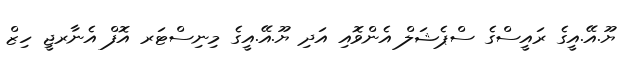
ޔޫ.އޭ.އީގެ ރައީސްގެ ސްޕެޝަލް އެންވޮއި އަދި ޔޫ.އޭ.އީގެ މިނިސްޓަރ އޮފް އެނާރޖީ ހިޒް